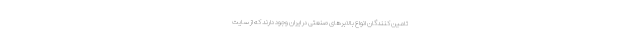
تامین کنندگان انواع بالابرهای صنعتی در ایران وجود دارند که از سایت